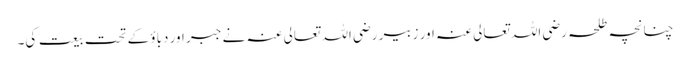
چنانچہ طلحہ رضی اللہ تعالی عنہ اور زبیر رضی اللہ تعالی عنہ نے جبر اور دباؤ کے تحت بیعت کی۔